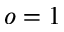
o = 1